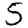
Digit: 5